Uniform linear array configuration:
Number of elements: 12
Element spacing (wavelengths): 1
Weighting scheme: cosine
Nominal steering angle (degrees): -45
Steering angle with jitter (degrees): -45.86
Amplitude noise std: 0.05
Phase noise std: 0.05

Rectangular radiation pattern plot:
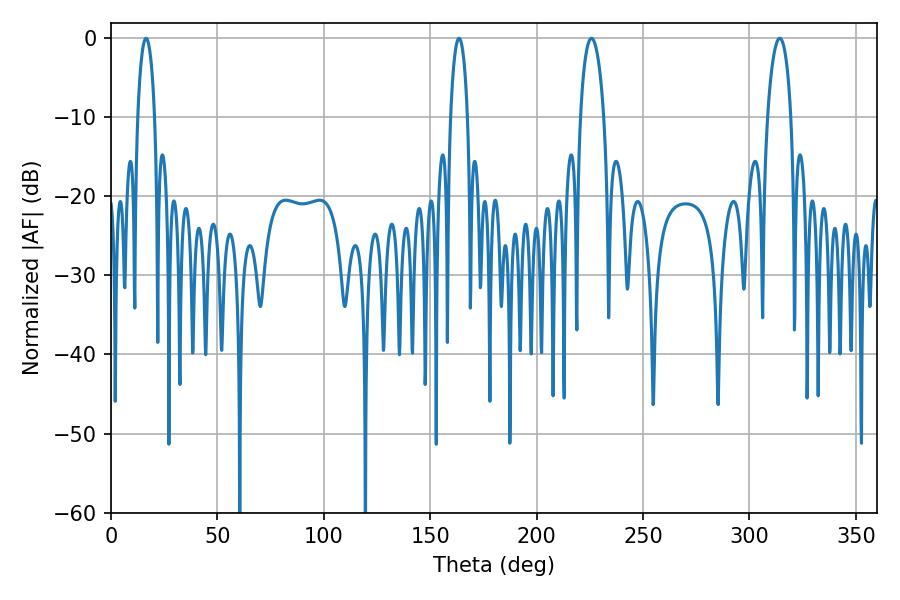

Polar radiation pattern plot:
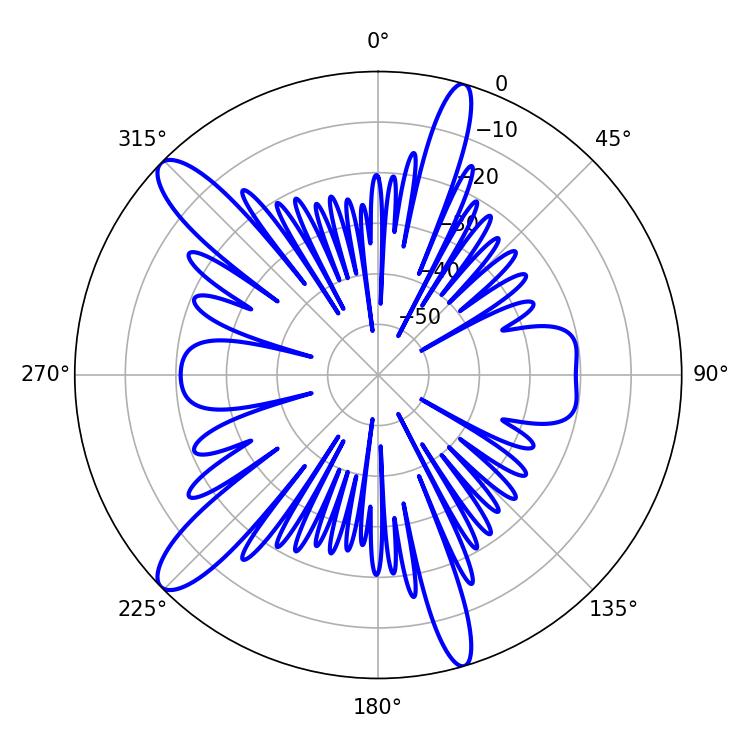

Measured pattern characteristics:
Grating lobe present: TRUE
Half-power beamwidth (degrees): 6.3
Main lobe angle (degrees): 225.72